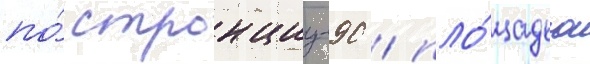
по́ стронциу-90 / пло́щадью